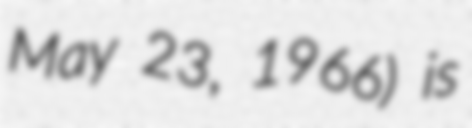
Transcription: May 23, 1966) is